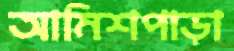
আমিশপাড়া